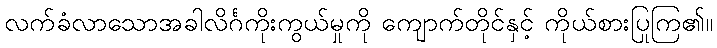
လက်ခံလာသောအခါလိင်္ဂကိုးကွယ်မှုကို ကျောက်တိုင်နှင့် ကိုယ်စားပြုကြ၏။